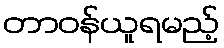
တာဝန်ယူရမည့်